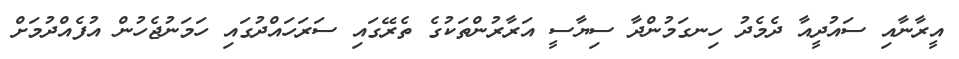
އީރާނާއި ސައުދީއާ ދެމެދު ހިނގަމުންދާ ސިޔާސީ އަރާރުންތަކުގެ ތެރޭގައި ސަރަހައްދުގައި ހަމަނުޖެހުން އުފެއްދުމަށް